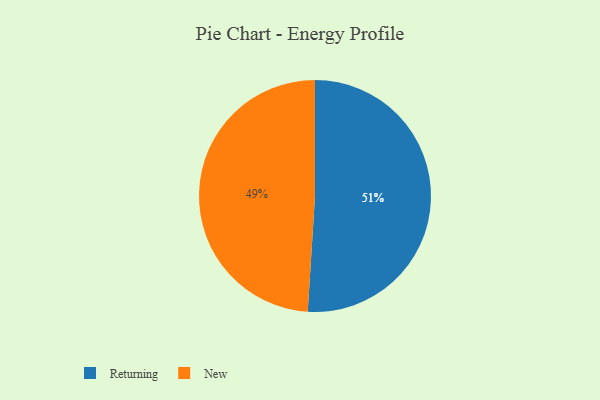
{"axis": {"x": "Category", "y": "Percentage"}, "legend": ["New", "Returning"], "data": [{"x": "Returning", "y": 51, "type": "Returning"}, {"x": "New", "y": 49, "type": "New"}]}